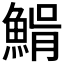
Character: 𩸠